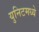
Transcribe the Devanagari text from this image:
युनिटमध्ये